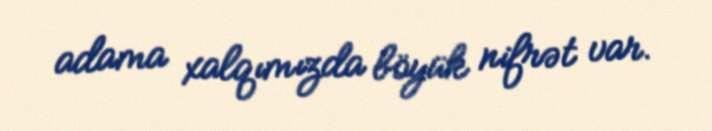
adama xalqımızda böyük nifrət var.